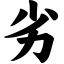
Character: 劣